Vaccination North-Western Provinces 1866-1877 - 1866-1877
Year: 1866
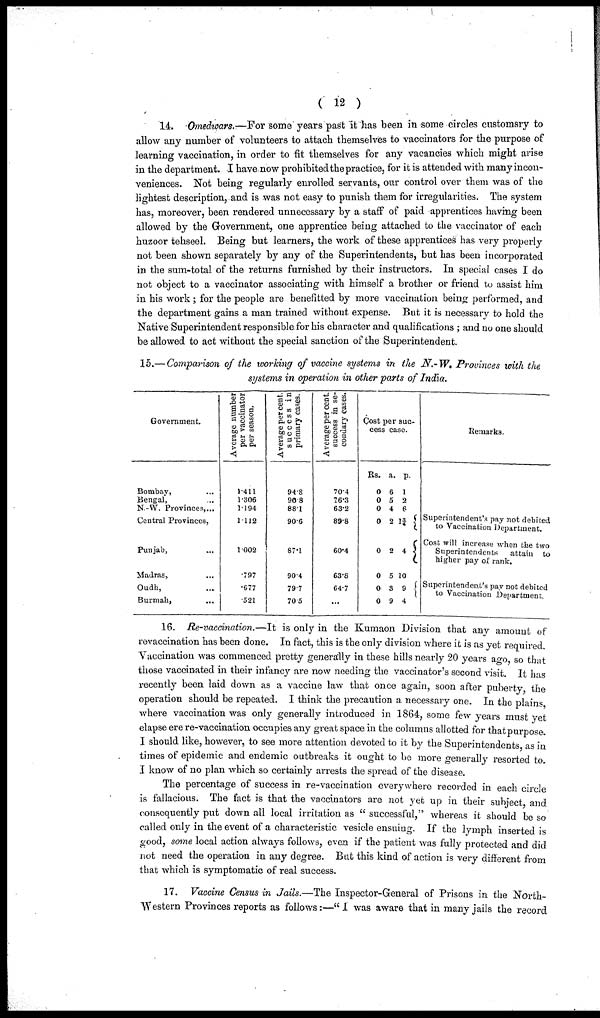
( 12 )
14. Omedwars.—For some years past it has been in some circles customsry to
allow any number of volunteers to attach themselves to vaccinators for the purpose of
learning vaccination, in order to fit themselves for any vacancies which might arise
in the department. I have now prohibited the practice, for it is attended with many incon-
veniences. Not being regularly enrolled servants, our control over them was of the
lightest description, and is was not easy to punish them for irregularities. The system
has, moreover, been rendered unnecessary by a staff of paid apprentices having been
allowed by the Government, one apprentice being attached to the vaccinator of each
huzoor tehseel. Being but learners, the work of these apprentices has very properly
not been shown separately by any of the Superintendents, but has been incorporated
in the sum-total of the returns furnished by their instructors. In special cases I do
not object to a vaccinator associating with himself a brother or friend to assist him
in his work; for the people are benefitted by more vaccination being performed, and
the department gains a man trained without expense. But it is necessary to hold the
Native Superintendent responsible for his character and qualifications ; and no one should
be allowed to act without the special sanction of the Superintendent.
15.— Comparison of the working of vaccine systems in the N.-W. Provinces with the
systems in operation in other parts of India.
Government.
Bombay, ...
Bengal, ...
N.-W. Provinces, ...
Central Provinces, ...
Punjab, ...
Madras, ...
Oudh, ...
Burmah, ...
Average number
per vaccinator
per season.
1.411
1.306
1.194
1.112
1.002
.797
.677
.521
Average per cent.
success in
primary cases.
94.8
90.8
88.1
90.6
87.1
90.4
79.7
70.5
Average per cent.
success in se-
condary cases.
70.4
76.3
63.2
89.8
60.4
63.8
64.7
...
Cost per suc-
cess case.
Rs.
0
0
0
0
0
0
0
0
a.
6
5
4
2
2
5
3
9
p.
1
2
6
1¾
4
10
9
4
Remarks.
Superintendent's pay not debited
to Vaccination Department.
Cost will increase when the two
Superintendents
attain to
higher pay of rank.
Superintendent's pay not debited
to Vaccination Department.
16. Re-vaccination.—It is only in the Kumaon Division that any amount of
revaccination has been done. In fact, this is the only division where it is as yet required.
Vaccination was commenced pretty generally in these hills nearly 20 years ago, so that
those vaccinated in their infancy are now needing the vaccinator's second visit. It has
recently been laid down as a vaccine law that once again, soon after puberty, the
operation should be repeated. I think the precaution a necessary one. In the plains,
where vaccination was only generally introduced in 1864, some few years must yet
elapse ere re-vaccination occupies any great space in the columns allotted for that purpose.
I should like, however, to see more attention devoted to it by the Superintendents, as in
times of epidemic and endemic outbreaks it ought to be more generally resorted to.
I know of no plan which so certainly arrests the spread of the disease.
The percentage of success in re-vaccination everywhere recorded in each circle
is fallacious. The fact is that the vaccinators are not yet up in their subject, and
consequently put down all local irritation as "successful," whereas it should be so
called only in the event of a characteristic vesicle ensuing. If the lymph inserted is
good, some local action always follows, even if the patient was fully protected and did
not need the operation in any degree. But this kind of action is very different from
that which is symptomatic of real success.
17. Vaccine Census in Jails.—The Inspector-General of Prisons in the North-
Western Provinces reports as follows:—"I was aware that in many jails the record